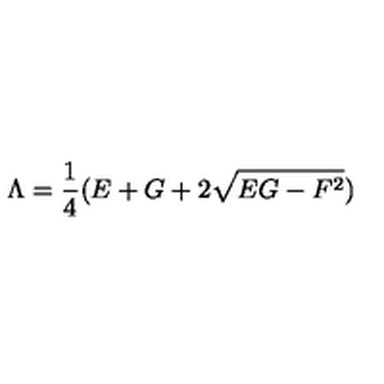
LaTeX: \Lambda = \frac { 1 } { 4 } ( E + G + 2 \sqrt { E G - F ^ { 2 } } )